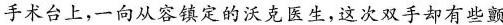
手术台上，一向从容镇定的沃克医生，这次双手却有些颤